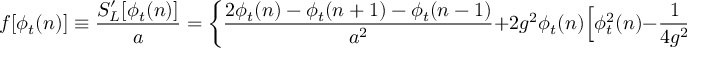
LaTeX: f [ \phi _ { t } ( n ) ] \equiv { \frac { S _ { L } ^ { \prime } [ \phi _ { t } ( n ) ] } { a } } = \biggl \{ { \frac { 2 \phi _ { t } ( n ) - \phi _ { t } ( n + 1 ) - \phi _ { t } ( n - 1 ) } { a ^ { 2 } } } + 2 g ^ { 2 } \phi _ { t } ( n ) \Bigl [ \phi _ { t } ^ { 2 } ( n ) - { \frac { 1 } { 4 g ^ { 2 } } } \Bigr ] \biggr \} \, .